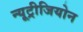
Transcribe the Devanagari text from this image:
न्यूट्रीजियोन